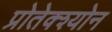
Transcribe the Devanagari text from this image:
प्रोतेक्श्योन